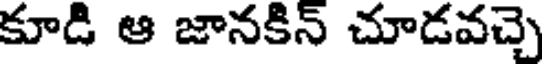
కూడి ఆ జానకిన్ చూడవచ్చె